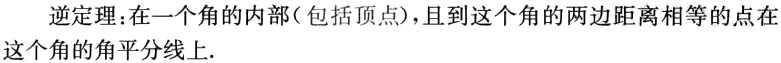
逆定理：在一个角的内部（包括顶点），且到这个角的两边距离相等的点在这个角的角平分线上.